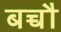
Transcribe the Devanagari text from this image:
बच्चौ